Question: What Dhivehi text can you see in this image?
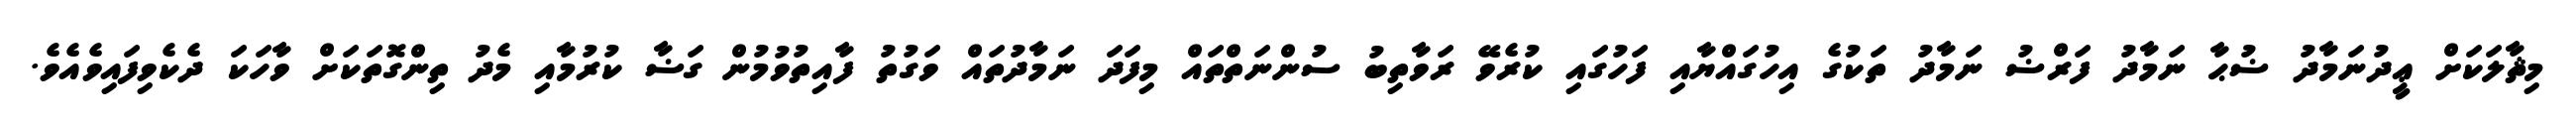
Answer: މިޘާލަކަށް ޢީދުނަމާދު ޟުޙާ ނަމާދު ފަރްޟު ނަމާދު ތަކުގެ އިހުގައްޔާއި ފަހުގައި ކުރެވޭ ރަވާތިބު ސުންނަތްތައް މިފަދަ ނަމާދުތައް ވަގުތު ފާއިތުވުމުން ގަޟާ ކުރުމާއި މެދު ތިންގޮތަކަށް ވާހަކަ ދެކެވިފައިވެއެވެ.